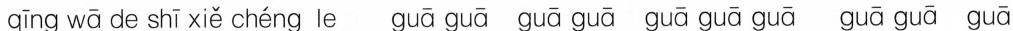
qīng wā de shī xiě chéng le guā guā guā guā guā guā guā guā guā guā